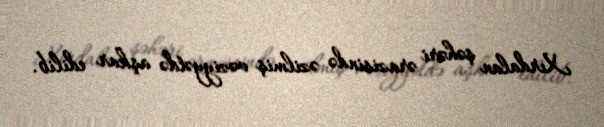
Xırdalan şəhəri ərazisində əzilmiş vəziyyətdə aşkar edilib.